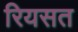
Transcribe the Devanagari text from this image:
रियसत